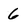
Character: 6